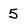
Character: 5